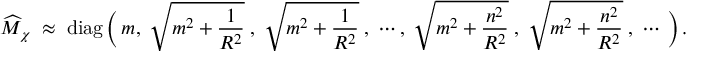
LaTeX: \widehat { \cal M } _ { \chi } \ \approx \ \mathrm { d i a g } \, \bigg ( \, m , \ \sqrt { m ^ { 2 } + \frac { 1 } { R ^ { 2 } } } \ , \ \sqrt { m ^ { 2 } + \frac { 1 } { R ^ { 2 } } } \ , \ \cdots , \ \sqrt { m ^ { 2 } + \frac { n ^ { 2 } } { R ^ { 2 } } } \ , \ \sqrt { m ^ { 2 } + \frac { n ^ { 2 } } { R ^ { 2 } } } \ , \ \cdots \, \bigg ) \, .